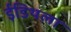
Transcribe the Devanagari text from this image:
ईडिथला